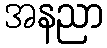
အနညာ